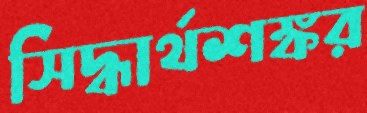
সিদ্ধার্থশঙ্কর